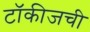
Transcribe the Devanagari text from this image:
टॉकीजची